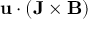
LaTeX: \mathbf { u } \cdot ( \mathbf { J } \times \mathbf { B } )